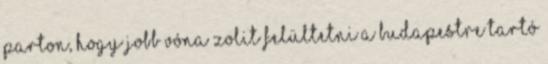
parton, hogy jobb vóna Zolit felültetni a Budapestre tartó